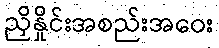
ညှိနှိုင်းအစည်းအဝေး